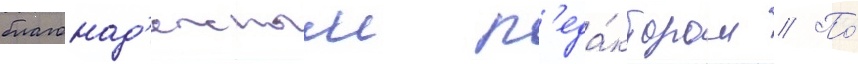
благонад'ежным р'еда́ктором // По́